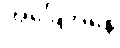
အခြေအနေ